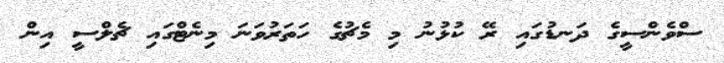
ސްވެންސީގެ ދަނޑުގައި ރޭ ކުޅުނު މި މެޗުގެ ހަތަރުވަނަ މިނެޓްގައި ޗެލްސީ އިން